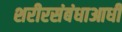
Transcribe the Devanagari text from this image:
शरीरसंबंधाआधी